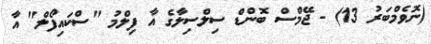
(ނޮވެމްބަރު 13) - ޖޭމްސް ބޮންޑް ސިލްސިލާގެ އާ ފިލްމު "ސްކައިފޯލް" އާ